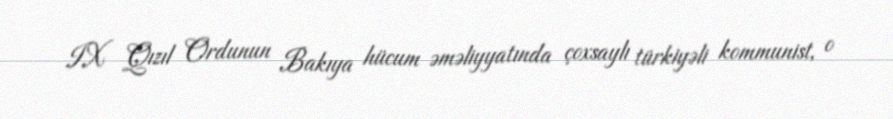
IX Qızıl Ordunun Bakıya hücum əməliyyatında çoxsaylı türkiyəli kommunist, o